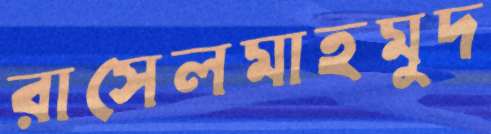
রাসেলমাহমুদ